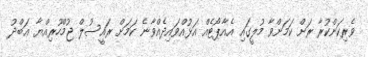
ވެރިކަންކުރާ ރަށް ކަމަށްވާ މުލީގައި އެއާޕޯޓެއް އަޅުއްވައިދެއްވާނެ ކަމަށް ރައީސުލް ޖުމްހޫރިއްޔާ ޢަބްދު